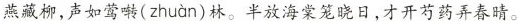
蔗藏柳，声如莺啭( zhuàn }林。半放海棠笼晓日，才开芍药弄春晴。